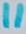
Text: 11